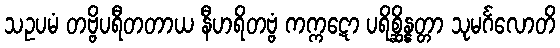
သဥပမံ တဗ္ဗိပရီတတာယ နီဟရိတဗ္ဗံ ကက္ကဋော ပရိစ္ဆိန္နတ္တာ သုမင်္ဂလောတိ